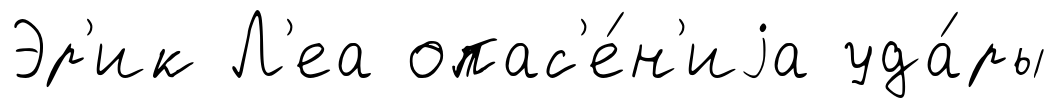
Эр'ик Л'еа опас'е́н'иjа уда́ры